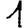
Digit: 1